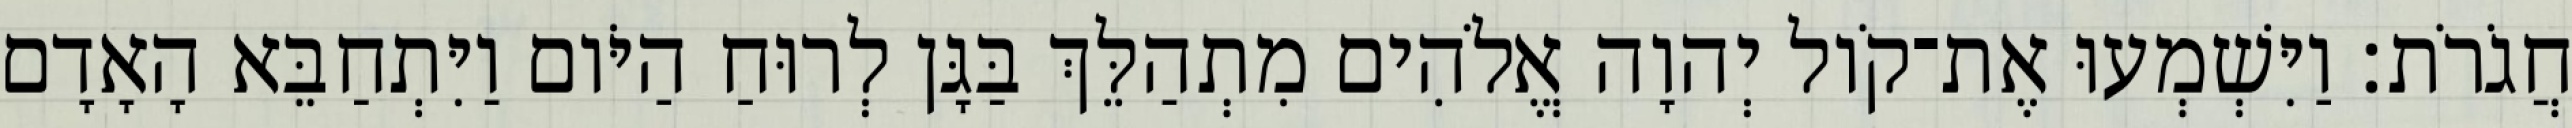
חֲגֹרֹת׃ וַיִּשְׁמְעוּ אֶת־קֹול יְהוָה אֱלֹהִים מִתְהַלֵּךְ בַּגָּן לְרוּחַ הַיֹּום וַיִּתְחַבֵּא הָאָדָם